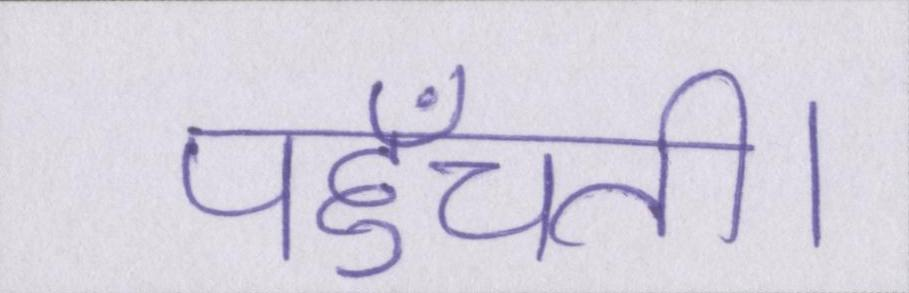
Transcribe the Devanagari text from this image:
पहुँचती।